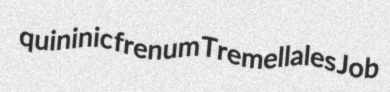
quininic frenum Tremellales Job